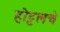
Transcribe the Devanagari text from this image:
होट्टलचे